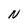
Character: N